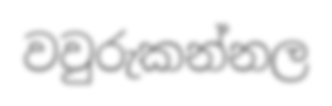
වවුරුකන්නල